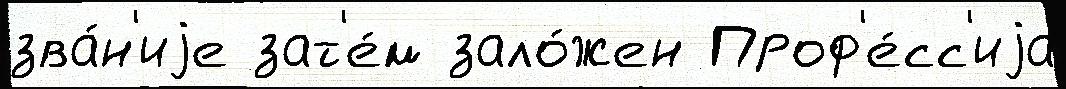
зва́н'иjе зат'е́м зало́жен Проф'е́сс'иjа